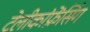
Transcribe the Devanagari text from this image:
टेलीकांफ्रेंसिंग